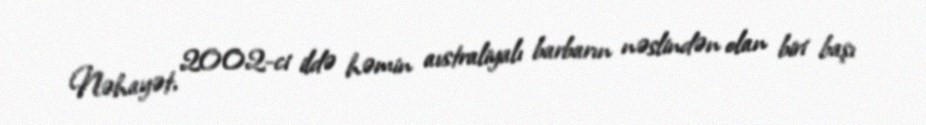
Nəhayət, 2002-ci ildə həmin avstraliyalı barbarın nəslindən olan biri başı